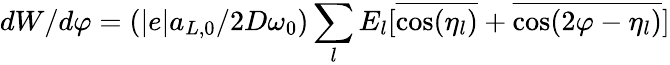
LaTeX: dW/d\varphi=(|e|a_{L,0}/2D\omega_{0})\sum_{l}{E_{l}[\overline{{\cos(\eta_{l})}}+\overline{{\cos(2\varphi-\eta_{l})}}]}